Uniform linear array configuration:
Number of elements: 64
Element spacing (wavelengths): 0.75
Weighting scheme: cosine
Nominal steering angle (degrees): -60
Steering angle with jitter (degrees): -58.195
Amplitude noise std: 0.05
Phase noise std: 0.05

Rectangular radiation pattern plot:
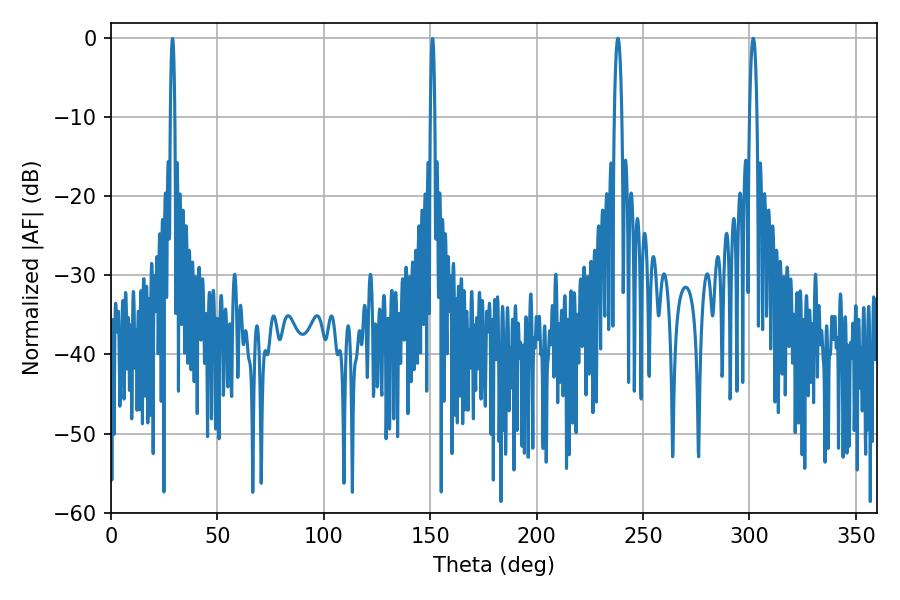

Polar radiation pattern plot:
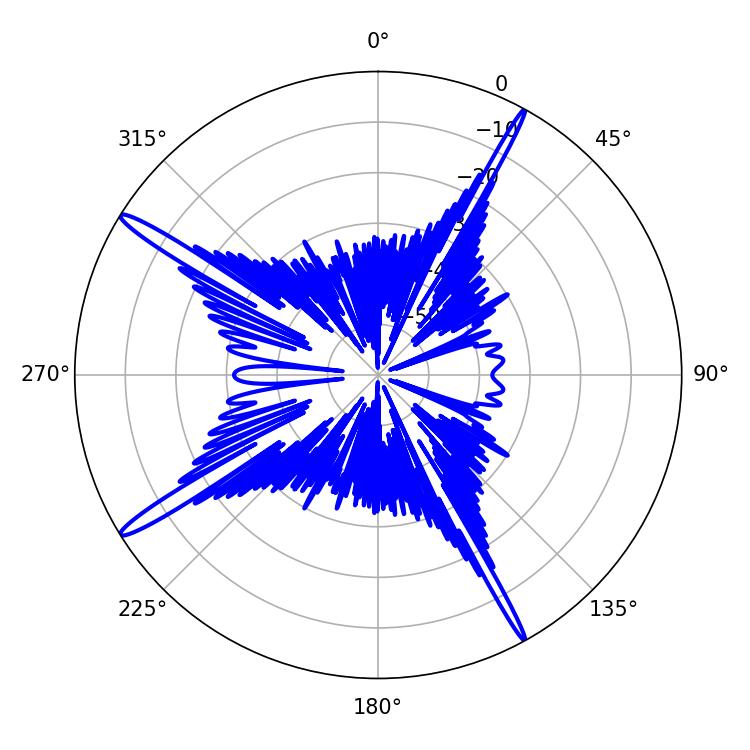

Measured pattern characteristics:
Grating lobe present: TRUE
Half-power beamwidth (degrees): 1.98
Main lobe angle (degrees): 301.86